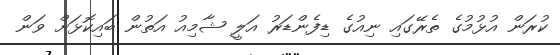
ކުރަން އުޅުމުގެ ތެރޭގައި ނިއުގެ ޑިފެންޑަރު އަލީ ޝާމިއު އަތުން ބައިކޮޅަށް ވަން